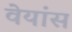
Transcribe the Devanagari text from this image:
वेयांस